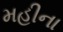
મહીના